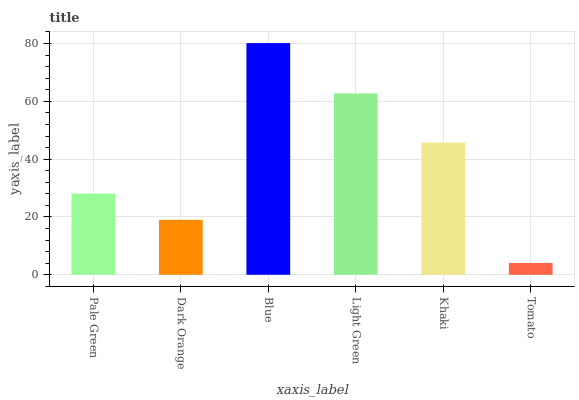
| xaxis_label | bars |
 | --- | --- |
 | Pale Green | 28.1 |
 | Dark Orange | 19 |
 | Blue | 80.1 |
 | Light Green | 62.7 |
 | Khaki | 45.7 |
 | Tomato | 4.08 |